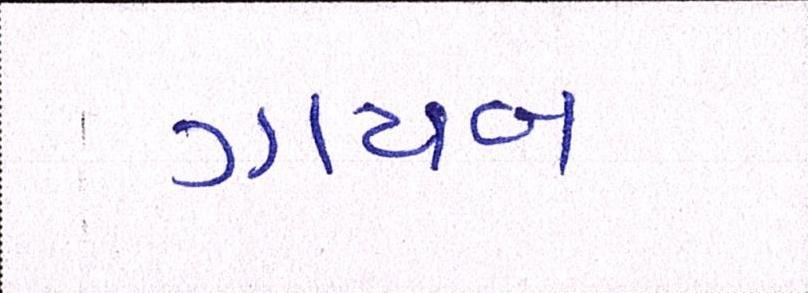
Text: ગાયબ